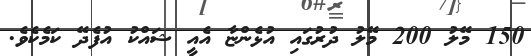
150 މޭލު 200 މޭލު ދުރުގައި އުޅެންޏާ އެއީ ޝައްކު އުފެދޭ ކަމެކެވެ.